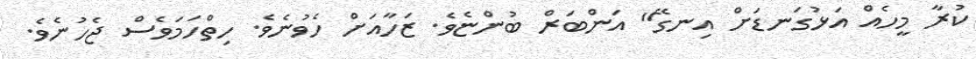
ކުރާ މީހެއް އަޅުގަނޑަށް އިނގޭ" އަންބަރް ބުންޏެވެ. ޒަހާއަށް ހެވުނެވެ. ހިތްހަމަވެސް ޖެހުނެވެ.